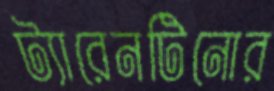
ট্যারেনটিনোর